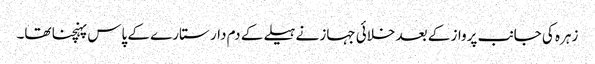
زہرہ کی جانب پرواز کے بعد خلائی جہاز نے ہیلے کے دم دار ستارے کے پاس پہنچنا تھا۔